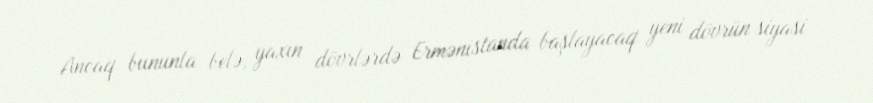
Ancaq bununla belə, yaxın dövrlərdə Ermənistanda başlayacaq yeni dövrün siyasi